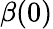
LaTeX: \beta(0)